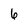
Character: 6